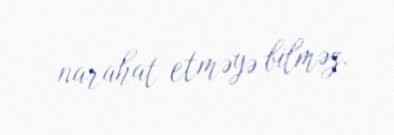
narahat etməyə bilməz.